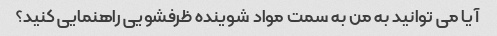
آیا می توانید به من به سمت مواد شوینده ظرفشویی راهنمایی کنید؟